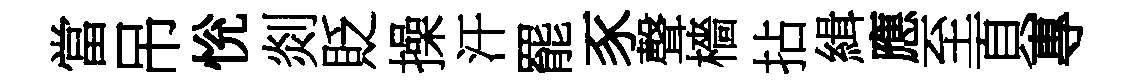
當吊恱剡貶操汗罷豕聲檣拈緝應至頁專